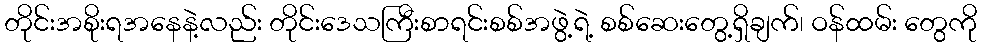
တိုင်းအစိုးရအနေနဲ့လည်း တိုင်းဒေသကြီးစာရင်းစစ်အဖွဲ့ရဲ့ စစ်ဆေးတွေ့ရှိချက်၊ ဝန်ထမ်း တွေကို